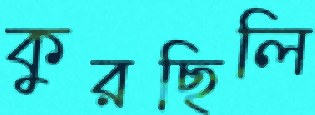
কুরছিলি